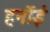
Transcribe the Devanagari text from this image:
हर्नोई